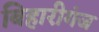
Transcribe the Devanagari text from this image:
बिहारीगंज